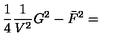
\frac { 1 } { 4 } \frac { 1 } { V ^ { 2 } } G ^ { 2 } - \bar { F } ^ { 2 } =